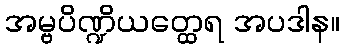
အမ္ဗပိဏ္ဍိယတ္ထေရ အပဒါန။